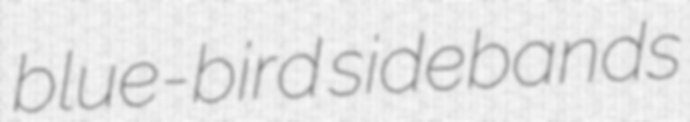
blue-bird sidebands